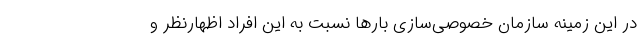
در این زمینه سازمان خصوصی‌سازی بارها نسبت به این افراد اظهارنظر و